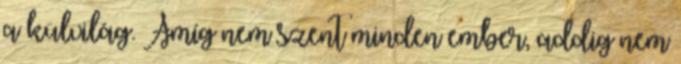
a külvilág. Amíg nem szent minden ember, addig nem